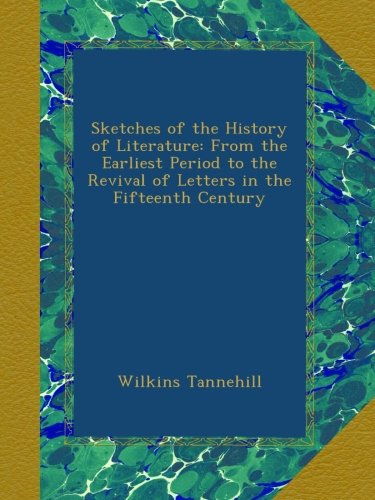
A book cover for Sketches of the History of Literature: From the Earliest Period to the Revival of Letters in the Fifteenth Century; Wilkins Tannehill; History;